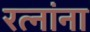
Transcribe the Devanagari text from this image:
रत्नांना